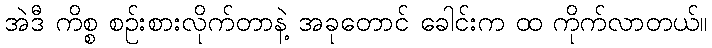
အဲဒီ ကိစ္စ စဉ်းစားလိုက်တာနဲ့ အခုတောင် ခေါင်းက ထ ကိုက်လာတယ်။